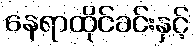
နေရာထိုင်ခင်းနှင့်